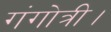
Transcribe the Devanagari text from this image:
गंगोत्री।